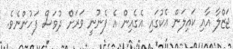
ޖަޒްލާ އާއި ކައިލަން އެކުގައި އެގެއިން އެ ފެނުނީ ވަރަށް ދުވަސް ފަހުންނެވެ.